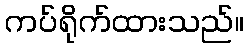
ကပ်ရိုက်ထားသည်။